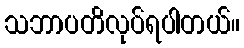
သဘာပတိလုပ်ရပါတယ်။